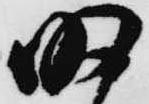
明